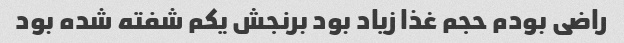
راضی بودم حجم غذا زیاد بود برنجش یکم شفته شده بود